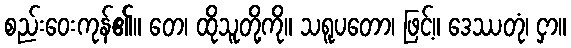
စည်းဝေးကုန်၏။ တေ၊ ထိုသူတို့ကို။ သရူပတော၊ ဖြင့်။ ဒေဿတုံ၊ ငှာ။